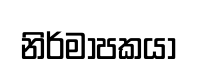
නිර්මාපකයා